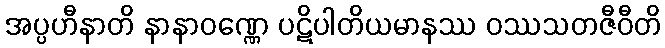
အပ္ပဟီနာတိ နာနာဝဏ္ဏေ ပဋိပါတိယမာနဿ ဝဿသတဇီဝီတိ